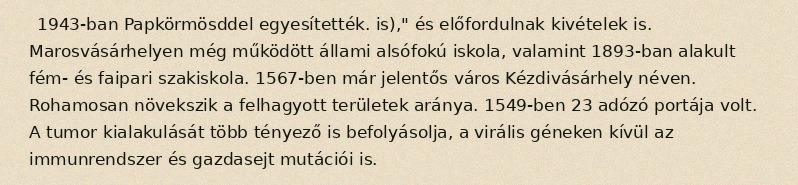
1943-ban Papkörmösddel egyesítették. is)," és előfordulnak kivételek is. Marosvásárhelyen még működött állami alsófokú iskola, valamint 1893-ban alakult fém- és faipari szakiskola. 1567-ben már jelentős város Kézdivásárhely néven. Rohamosan növekszik a felhagyott területek aránya. 1549-ben 23 adózó portája volt. A tumor kialakulását több tényező is befolyásolja, a virális géneken kívül az immunrendszer és gazdasejt mutációi is.